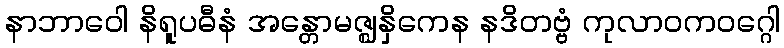
နာဘာဝေါ နိရူပဓီနံ အန္တောမဇ္ဈနှိကေန နဒိတဗ္ဗံ ကုလာဝကဝဂ္ဂေါ